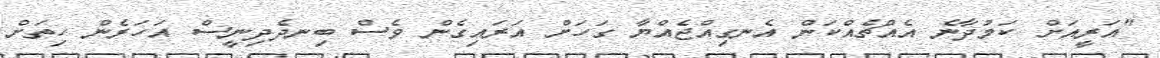
"އަރީއަށް ކަމުދާނެ އެއްޗެއްކަން އެނގިއްޖެއްޔާ ގަހަށް އަރައިގެން ވެސް ބިނދެދިނީސް އަހަރެން ހިތަށް